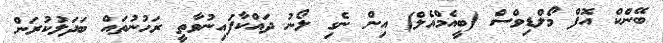
ބޭންކް އޮފް މޯލްޑިވްސް (ބީއެމްއެލް) އިން ނެގި ލޯނު ދައްކާފައިނުވާތީ ރަހުނުތައް ބަދަލުކުރަން